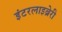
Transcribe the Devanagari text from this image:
इंटरलाइब्रेरी